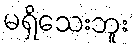
မရှိသေးဘူး